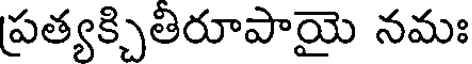
ప్రత్యక్చితిరూపాయై నమః